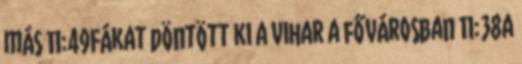
más 11:49Fákat döntött ki a vihar a fővárosban 11:38A